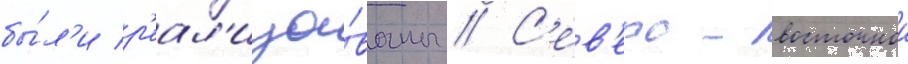
бы́л'и р'еал'изо́ваны // С'ев'еро-восточнои